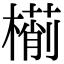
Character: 𣜎